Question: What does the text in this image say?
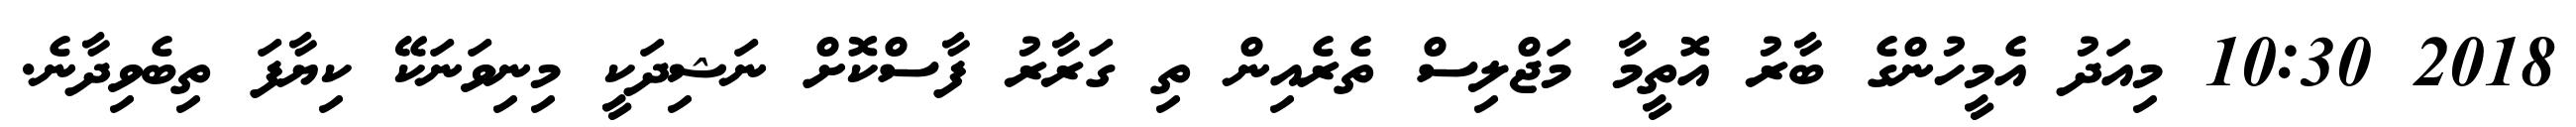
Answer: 2018 10:30 މިއަދު އެމީހުންގެ ބާރު އޮތީމާ މަޖްލިސް ތެރެއިން ތި ގަރާރު ފާސްކޮށް ނަޝިދަކީ މިނިވަނަކޭ ކިޔާފަ ތިބެވިދާނެ.